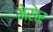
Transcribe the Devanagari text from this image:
मेसेर